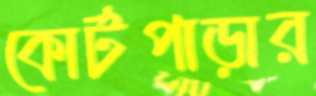
কোর্টপাড়ার